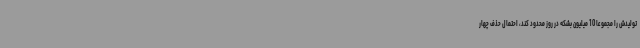
تولیدش را مجموعا 10 میلیون بشکه در روز محدود کند، احتمال حذف چهار